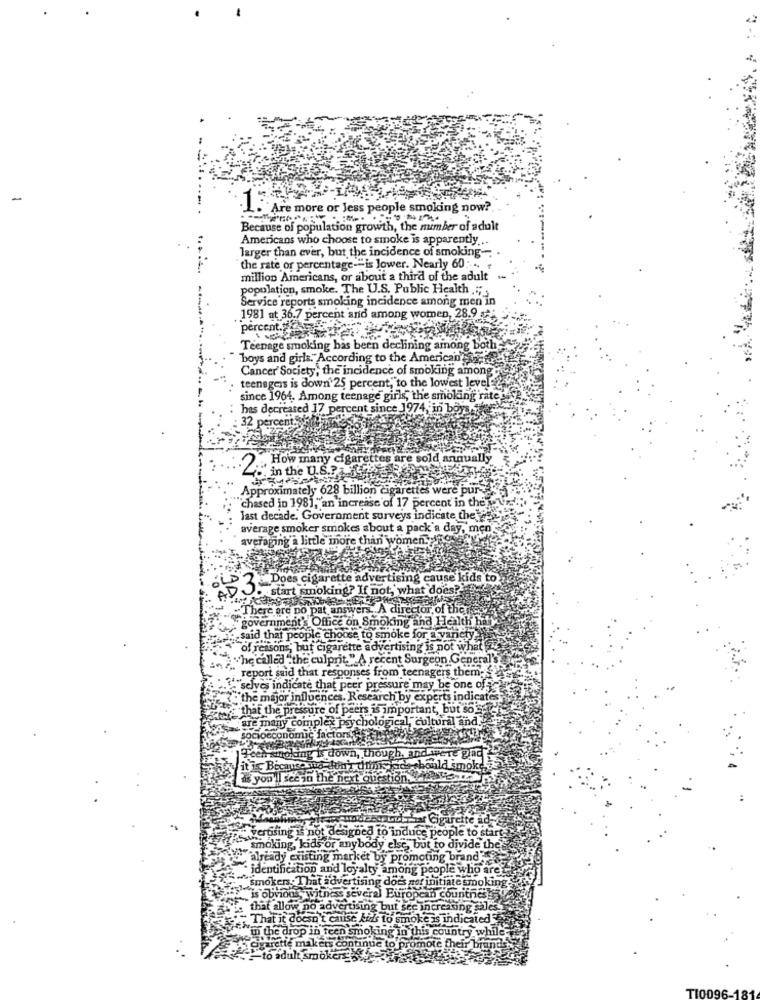
-
1542
Are more or less people smoking now?
Because of population growth, the member of adult
Americans who choose to smoke is apparently ..
larger than ever, but the incidence of smoking-
the rate or percentage-"is lower. Nearly 60 ....
million Americans, or about a third of the adult
population, smoke. The U.S. Public Health ."
Service reports smoking incidence among men in
1981 at 36.7 percent and among women, 28.9 **
Teenage smoking has been declining among both-
'boys and girls." According to the American where
Cancer Society, the incidence of smoking among
teensgens is down 25 percent,"to the lowest level
since 1964. Among teenage girls, the smoking rate
has decreased 17
ent since 1974, in ba
32 perc
How many cigarettes are sold annually
2.
in the U.S .?
Approximately 628 billion cigarett
'chased in 1981," an increase of 17 percent in they
last decade. Government surveys indicate the oss
average smoker smokes about a pack a day, men
aging a little more than women.
3.Does cigarette advertising cause kids to
start smoking? If not, what does ?!
#'There are no pa
swers. A director, of there
ernme
Office on Smoking and Health ha
.said
se to smoke for a var
ons' bu
arette advertising is not what
called "t
recent Surgeon General's
nses from teenagers them-fele
pressure may be one of
r influ
Research by experts indicates
£ thà
he press
peers is important, but sost
are
al, cultural and."
ny complex psycholog
Teennoking is down, though.
it is Because we don't dois
should smoke
as you'll see in the next questions
verusing is not designed to induce people to start-
"smoking, kids or anybody else, but to divide the
already existing market by promoting brand'
identification and loyalty among people who are
smokers . That advertising does por initiate smoking.
is obvious witness several European countries
that allow no advertising but see increasing sales
"That it doesn't cause kids to smoke is indicated
#m the drop in teen smoking in this country while
agarette makers continue to promote the
-to adult smokers